Scottish Leaving Certificate Examination, 1958
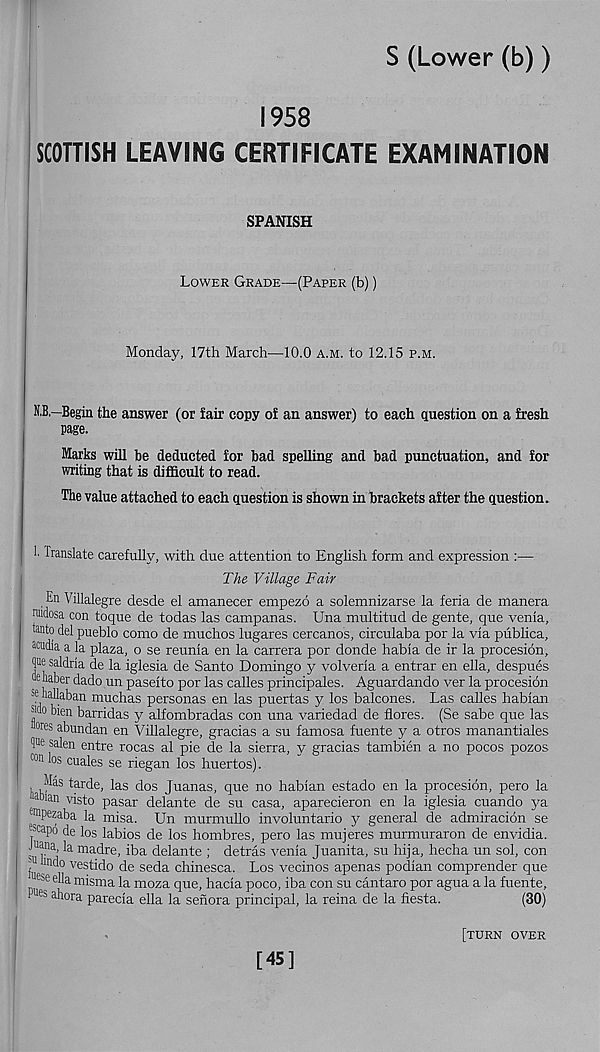
S (Lower (b))
1958
SCOTTISH LEAVING CERTIFICATE EXAMINATION
SPANISH
Lower Grade—(Paper (b))
Monday, 17th March—10.0 A.m. to 12.15 p.m.
O—Begin the answer (or lair copy of an answer) to each question on a fresh
page.
Marks will be deducted for bad spelling and bad punctuation, and for
writing that is difficult to read.
The value attached to each question is shown in brackets after the question.
■ Translate carefully, with due attention to English form and expression :—
The Village Fair
En Villalegre desde el amanecer empezo a solemnizarse la feria de manera
nudosa con toque de todas las campanas. Una multitud de gente, que venia,
tsnto del pueblo como de muchos lugares cercanos, circulaba por la via publica,
amdia a la plaza, o se reunia en la carrera por donde habia de ir la procesidn,
<jue saldria de la iglesia de Santo Domingo y volveria a entrar en ella, despues
dehaber dado un paseito por las calles principales. Aguardando ver la procesion
se nallaban muchas personas en las puertas y los balcones. Las calles habian
f° b' en barridas y alfombradas con una variedad de flores. (Se sabe que las
°res abundan en Villalegre, gracias a su famosa fuente y a otros manantiales
salen entre rocas al pie de la sierra, y gracias tambien a no pocos pozos
con ^o s cuales se riegan los huertos).
, ,^s taxde, las dos Juanas, que no habian estado en la procesion, pero la
ablan 'Tsto pasar delante de su casa, aparecieron en la iglesia cuando ya
Em pezaba la misa. Un murmullo involuntario y general de admiracion se
j Sc ap° de los labios de los hombres, pero las mujeres murmuraron de envidia.
'oTh ^ ma^re ’
delante ; detras venia Juanita, su hija, hecha un sol, con
j ™do vestido de seda chinesca. Los vecinos apenas podian comprender que
es e ella misma la moza que, hacia poco, iba con su cantaro por agua a la fuente,
P u fc ahora parecia ella la senora principal, la reina de la fiesta.
(30)
[turn over